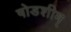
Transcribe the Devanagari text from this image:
षोडशीम्